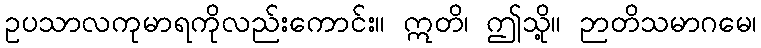
ဥပသာလကုမာရကိုလည်းကောင်း။ ဣတိ၊ ဤသို့။ ဉာတိသမာဂမေ၊